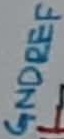
Text: GNDREF